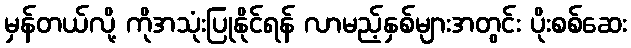
မှန်တယ်လို့ ကိုအသုံးပြုနိုင်ရန် လာမည့်နှစ်များအတွင်း ပိုးစစ်ဆေး